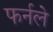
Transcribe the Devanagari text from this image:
फर्नले